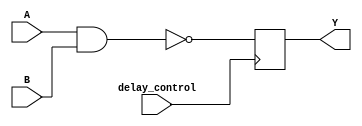
module NAND_Gate_Delay (
    input wire A,
    input wire B,
    output reg Y,
    input wire delay_control
);

always @(posedge delay_control) begin
    #10 Y <= ~(A & B);
end

endmodule